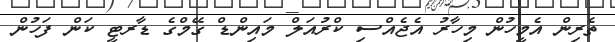
ތެރިން އެމީހުން މިހާރު އެޖެއްސި ކްރުއަލް މައިންޑް ގޭމްގެ ޑާރޓީ ކަން ފަހުން